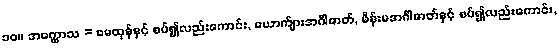
၁၀။ အက္ကောသ = မေထုန်နှင့် စပ်၍လည်းကောင်း, ယောက်ျားအင်္ဂါဇာတ်, မိန်းမအင်္ဂါဇာတ်နှင့် စပ်၍လည်းကောင်း,